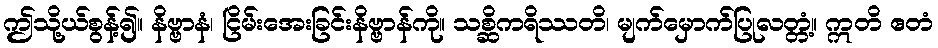
ဤသို့ယ်စွန့်၍။ နိဗ္ဗာနံ၊ ငြိမ်းအေးခြင်းနိဗ္ဗာန်ကို။ သစ္ဆိကရိဿတိ၊ မျက်မှောက်ပြုလတ္တံ့။ ဣတိ ဧတံ